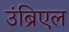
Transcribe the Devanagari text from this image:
उंब्रिएल